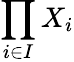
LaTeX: \prod_{i\in I}X_{i}